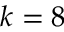
k = 8